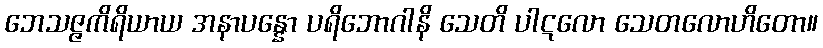
ဘေသဇ္ဇကိရိယာယ အနာပန္နော ပရိဘောဂါနိ သေတိ ပါဋလော သေတလောဟိတော။